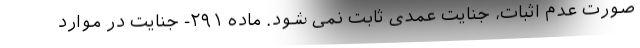
صورت عدم اثبات، جنایت عمدی ثابت نمی شود. ماده ۲۹۱- جنایت در موارد